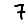
Digit: 7